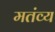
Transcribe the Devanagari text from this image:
मतंव्य